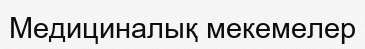
Медициналық мекемелер